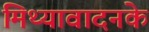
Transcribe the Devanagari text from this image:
मिथ्यावादनके